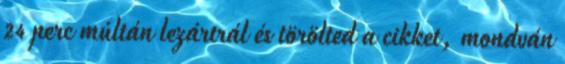
24 perc múltán lezártrál és törölted a cikket, mondván